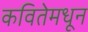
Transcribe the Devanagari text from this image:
कवितेमधून